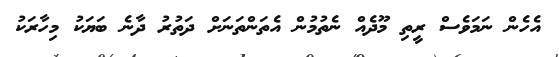
އެހެން ނަމަވެސް ރީތި މޫދެއް ނެތުމުން އެތަންތަނަށް ދަތުރު ދާނެ ބަޔަކު މިހާރަކު